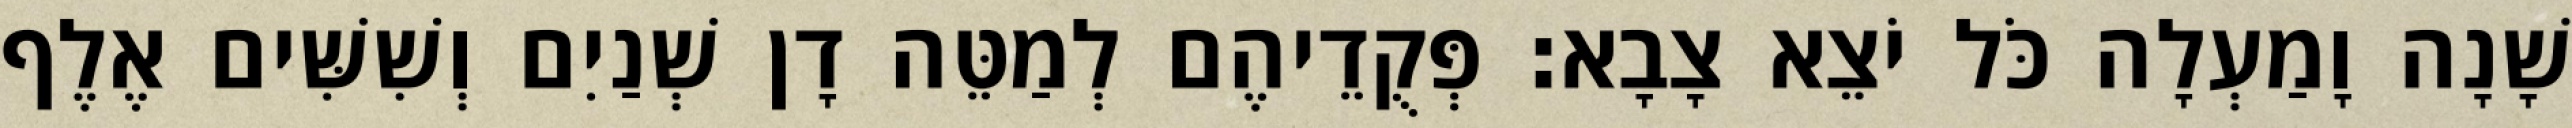
שָׁנָה וָמַעְלָה כֹּל יֹצֵא צָבָא׃ פְּקֻדֵיהֶם לְמַטֵּה דָן שְׁנַיִם וְשִׁשִּׁים אֶלֶף